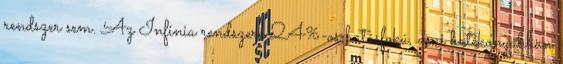
rendszer sem. Az Infinia rendszere 24%-os hatásfokú, ami hatékonyabban